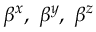
\beta ^ { x } , \ \beta ^ { y } , \ \beta ^ { z }